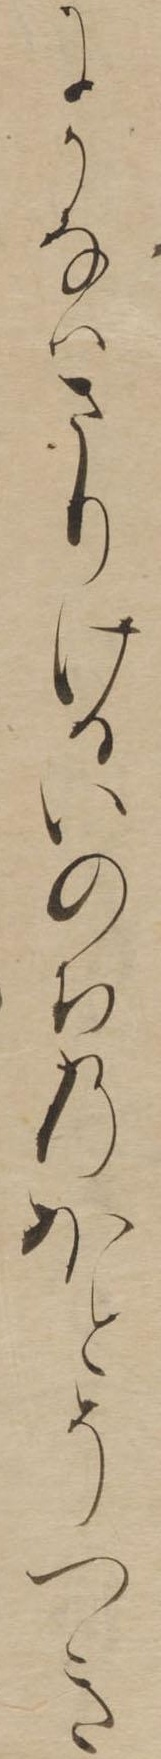
にかなはさりけるいのちのほとそつき